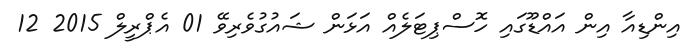
އިންޑިއާ އިން އައްޑޫގައި ހޮސްޕިޓަލެއް އަޅަން ޝައުގުވެރިވޭ 01 އެޕްރީލް 2015 12